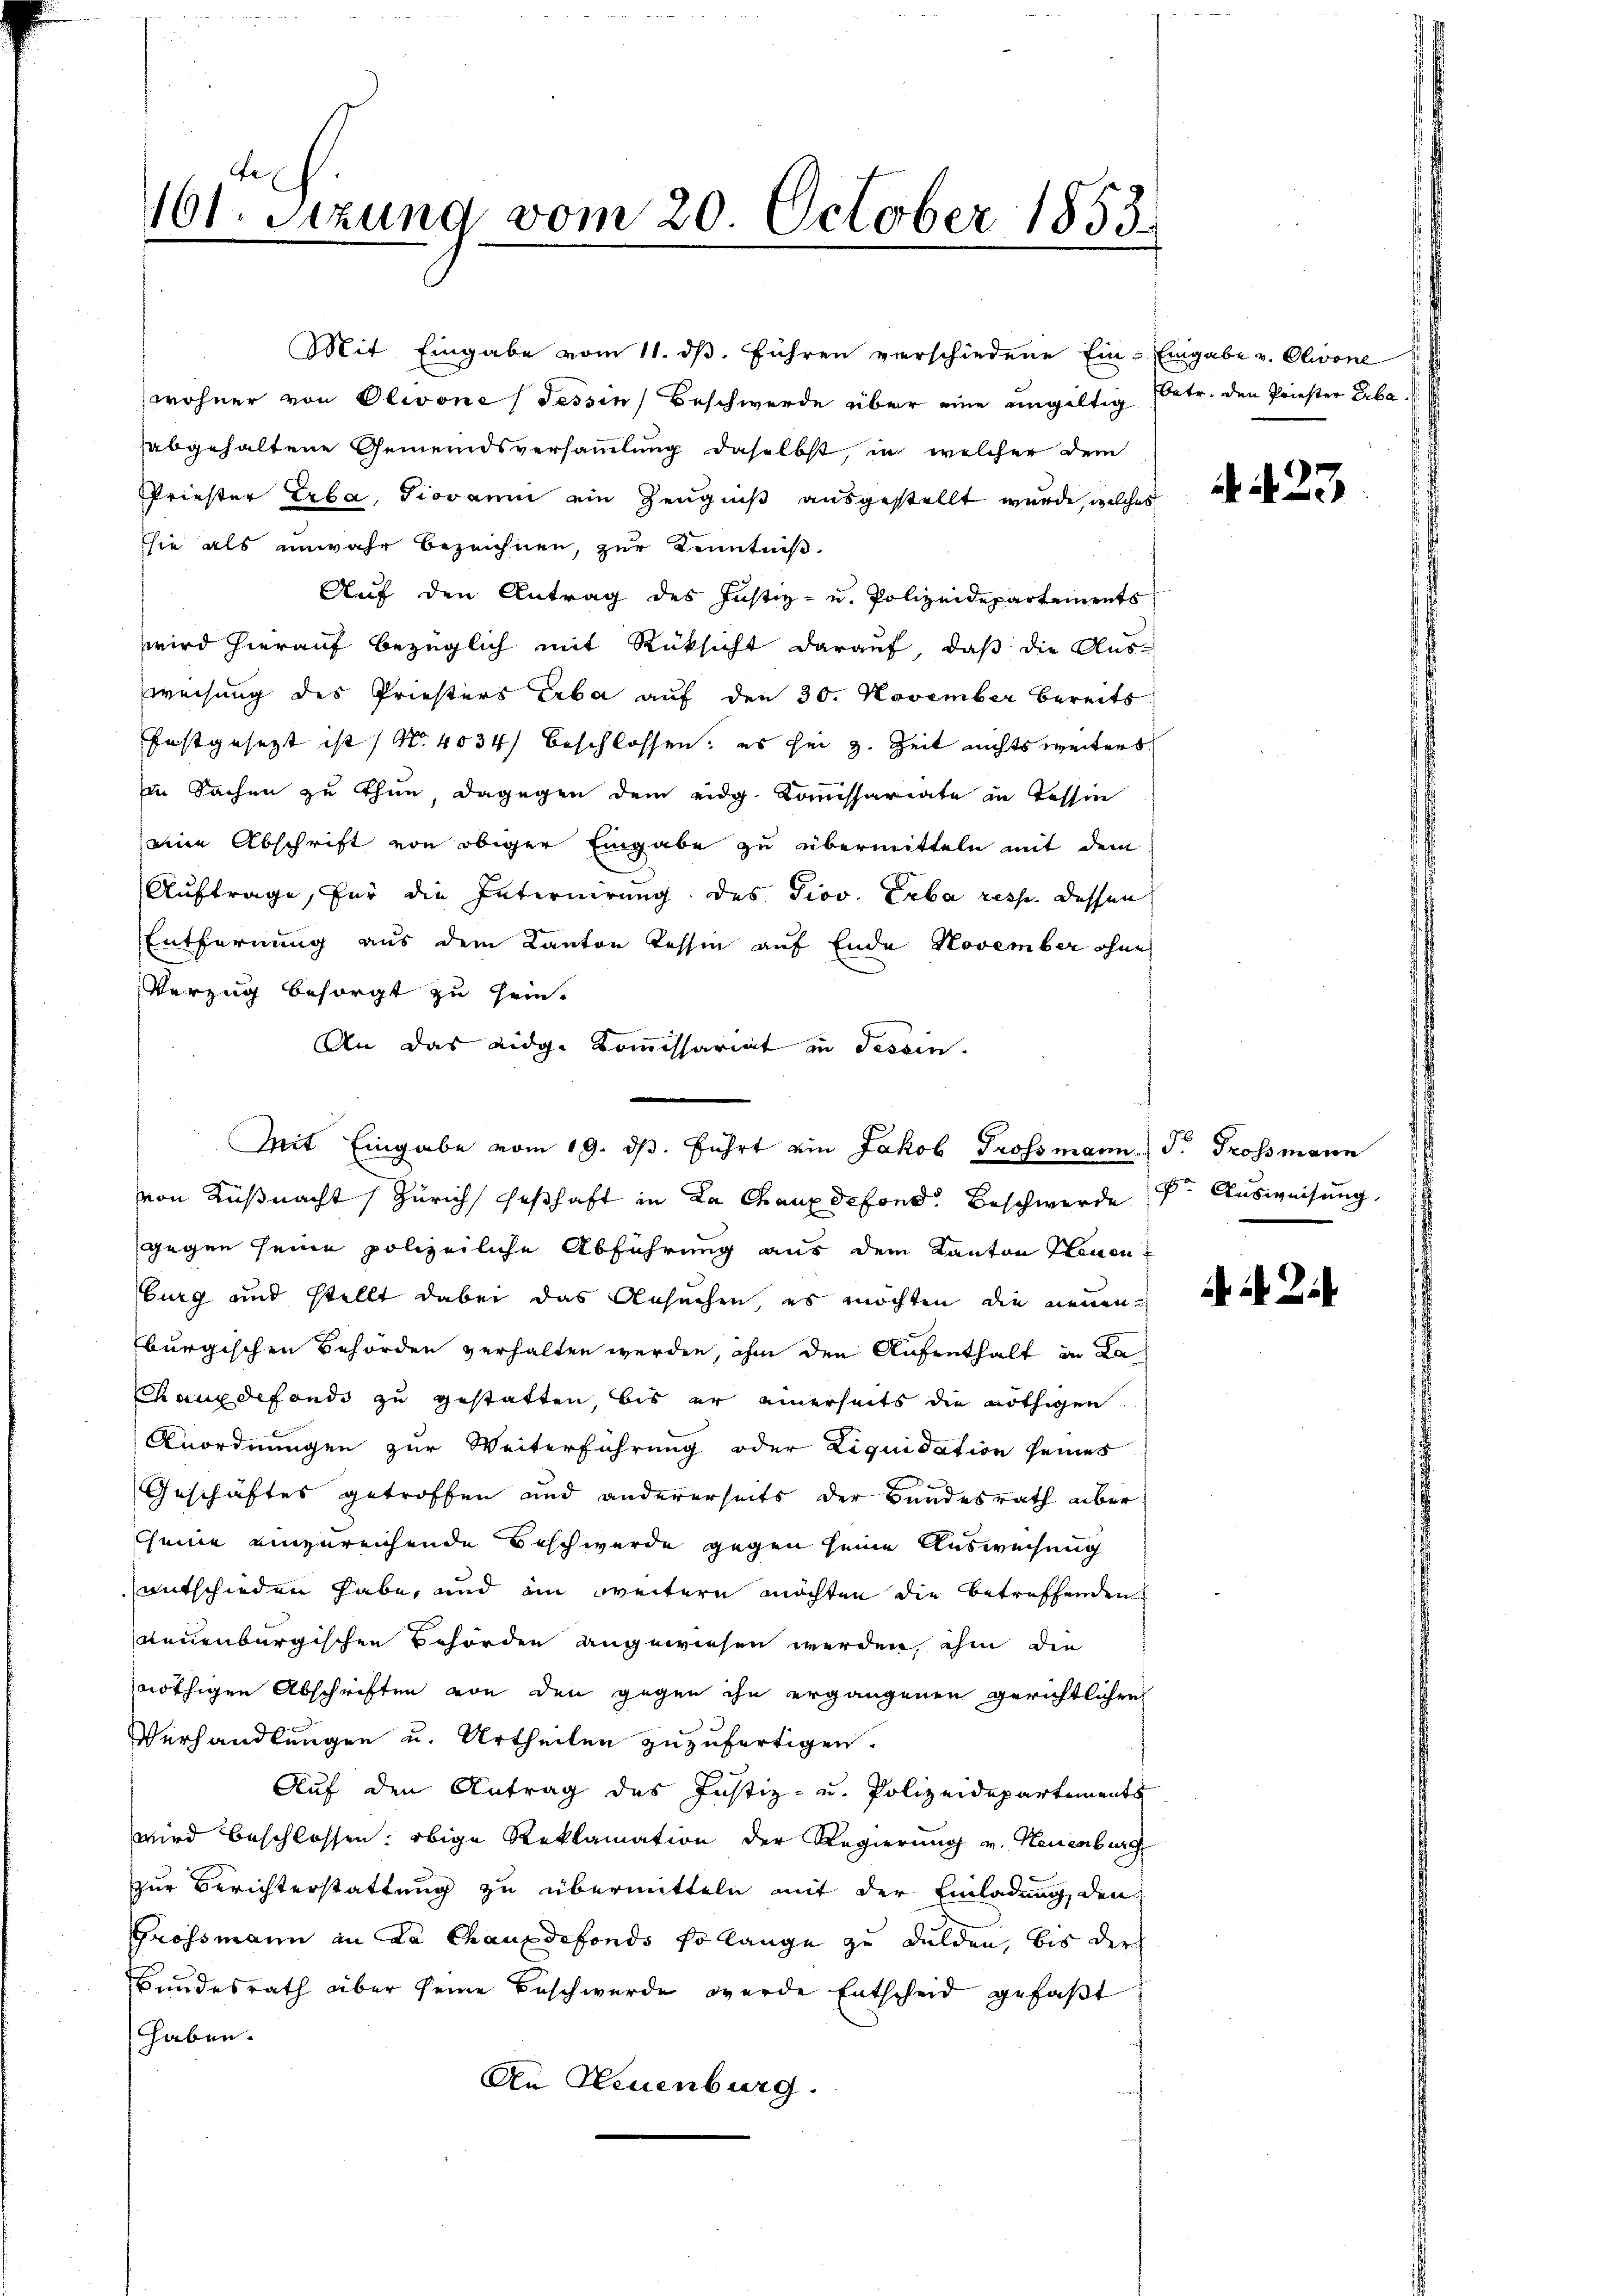
161. Sizung vom 20. October 1853.

Mit Eingabe vom 11. dß. Führen verschiedene Ein- Eingabe v. Olivone
wohner von Olivone (Tessin, Beschwerde über eine ungültig
abgehaltene Gemeindsversammlung daselbst, in welcher dem
Priester Erba, Piovani ein Zeugniß ausgestellt wurde, welcher
sie als unwahr bezeichnen, zur Kenntniß
Auf den Antrag des Justiz- u. Polizeidepartements
wird hierauf bezüglich mit Rüksicht darauf, daß die Ausweisung des Priesters Erba auf den 30. November bereits
festgesezt ist (N. 4034) beschlossen; es sei z. Zeit nichts weiters
in Sachen zu thun, dagegen dem eidg. Komissariate in Tessin
eine Abschrift von obiger Eingabe zu übermitteln mit dem
Auftrage, für die Internirung des Giov. Erba resp. dessen
Entfernung aus dem Kanton Tessin auf Ende November ohne
Verzug besorgt zu sein.
An das eidg. Kommissariat in Tessin.
von Küßnacht Zürich Geschaft in La Chaux defond. Beschwerden Ausweisung
gegen seine polizeiliche Abführung aus dem Kanton Treuen
burg und stellt dabei das Ansuchen, es möchten die neuen
burgischen Behörden verhalten werden, ihn den Aufenthalt in La
Chauxdefonds zu gestatten, bis er einerseits die nöthigen
Anordnungen zur Weiterführung oder Liquidation seines
Geschäftes getroffen und andererseits der Bundesrath über
Cseine einzureichende Beschwerde gegen seine Ausweisung
entschieden habe, und im weitern möchten die betreffenden
neuenburgischen Behörden angewiesen werden, ihm die
nöthigen Abschriften von den gegen ihn ergangenen gerichtlichen
Verhandlungen u. Urtheilen zuzufertigen.
Auf den Antrag des Justiz- u. Polizeidepartements
wird beschlossen: obige Reklamation der Regierung v. Neuenburg
zur Berichterstattung zu übermitteln mit der Einladung, den
Grossmann an La Chauxdefonds solange zu dulden, bis der
Bundesrath über seine Beschwerde werde Entscheid gefaßt
haben.
An Neuenburg.

Mit Eingabe vom 19. ds. führt ein Jakob Grossmann. J. Grossmann

betr. den Priester Erba

A 423.

2